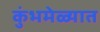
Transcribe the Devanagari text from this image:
कुंभमेळ्यात